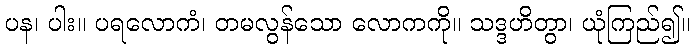
ပန၊ ပါး။ ပရလောကံ၊ တမလွန်သော လောကကို။ သဒ္ဒဟိတွာ၊ ယုံကြည်၍။